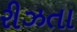
રીઝતા